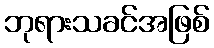
ဘုရားသခင်အဖြစ်